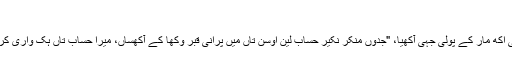
"
یاراں دوستان وجہ پُچھی تاں مُلا ہوراں کھبی اکھ مار کے پولی جہی آکھیا، "جدوں منکر نکیر حساب لین اوسن تاں میں پرانی قبر وکھا کے آکھساں، میرا حساب تاں ہک واری کرکے گئے ہو، ہُن دوجی واری کیہ لینا جے؟